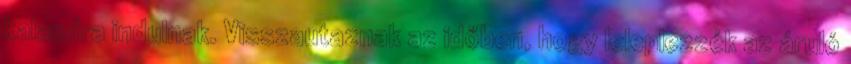
kalandra indulnak. Visszautaznak az időben, hogy leleplezzék az áruló